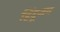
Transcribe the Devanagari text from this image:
हिंदूजन